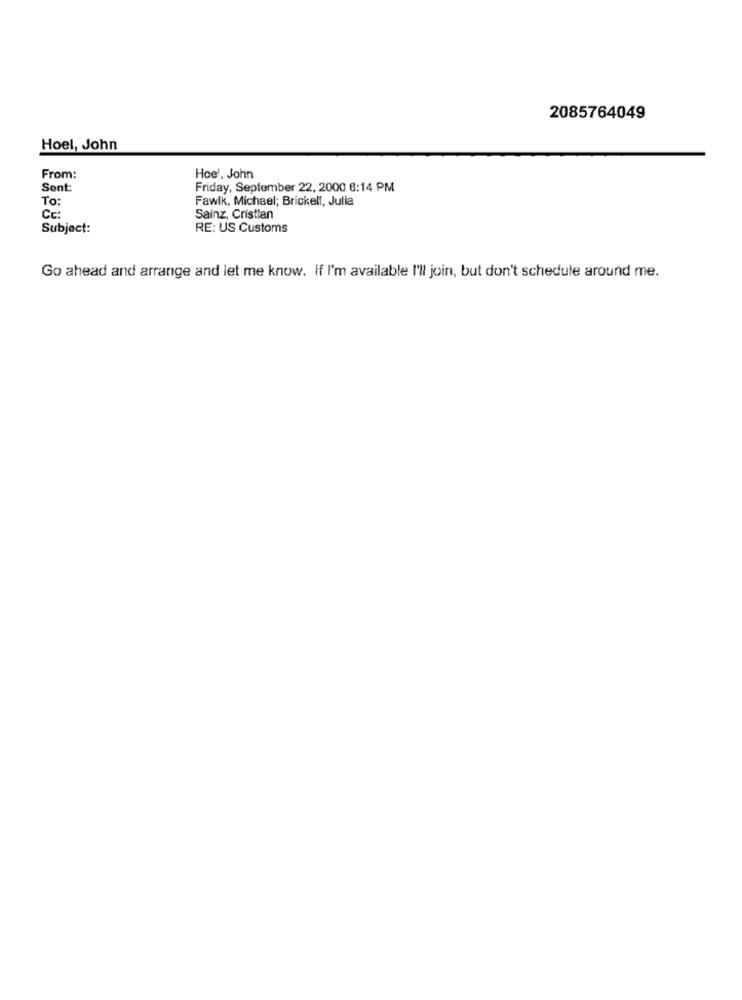
2085764049
Hoel, John
From:
Hoe', John
Sent:
Friday, September 22, 2000 6:14 PM
To:
Fawlk, Michael; Brickell, Julia
Cc:
Sainz, Cristian
Subject:
RE: US Customs
Go ahead and arrange and let me know. If I'm available I'll join, but don't schedule around me.